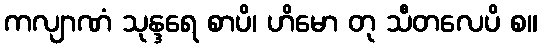
ကလျာဏံ သုန္ဒရေ စာပိ၊ ဟိမော တု သီတလေပိ စ။